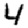
Digit: 4